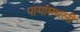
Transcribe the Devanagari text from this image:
पायांमधली